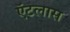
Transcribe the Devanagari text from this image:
ऍटलास